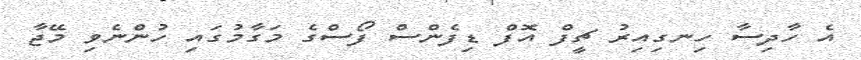
އެ ހާދިސާ ހިނގިއިރު ޗީފް އޮފް ޑިފެންސް ފޯސްގެ މަގާމުގައި ހުންނެވި މޭޖާ